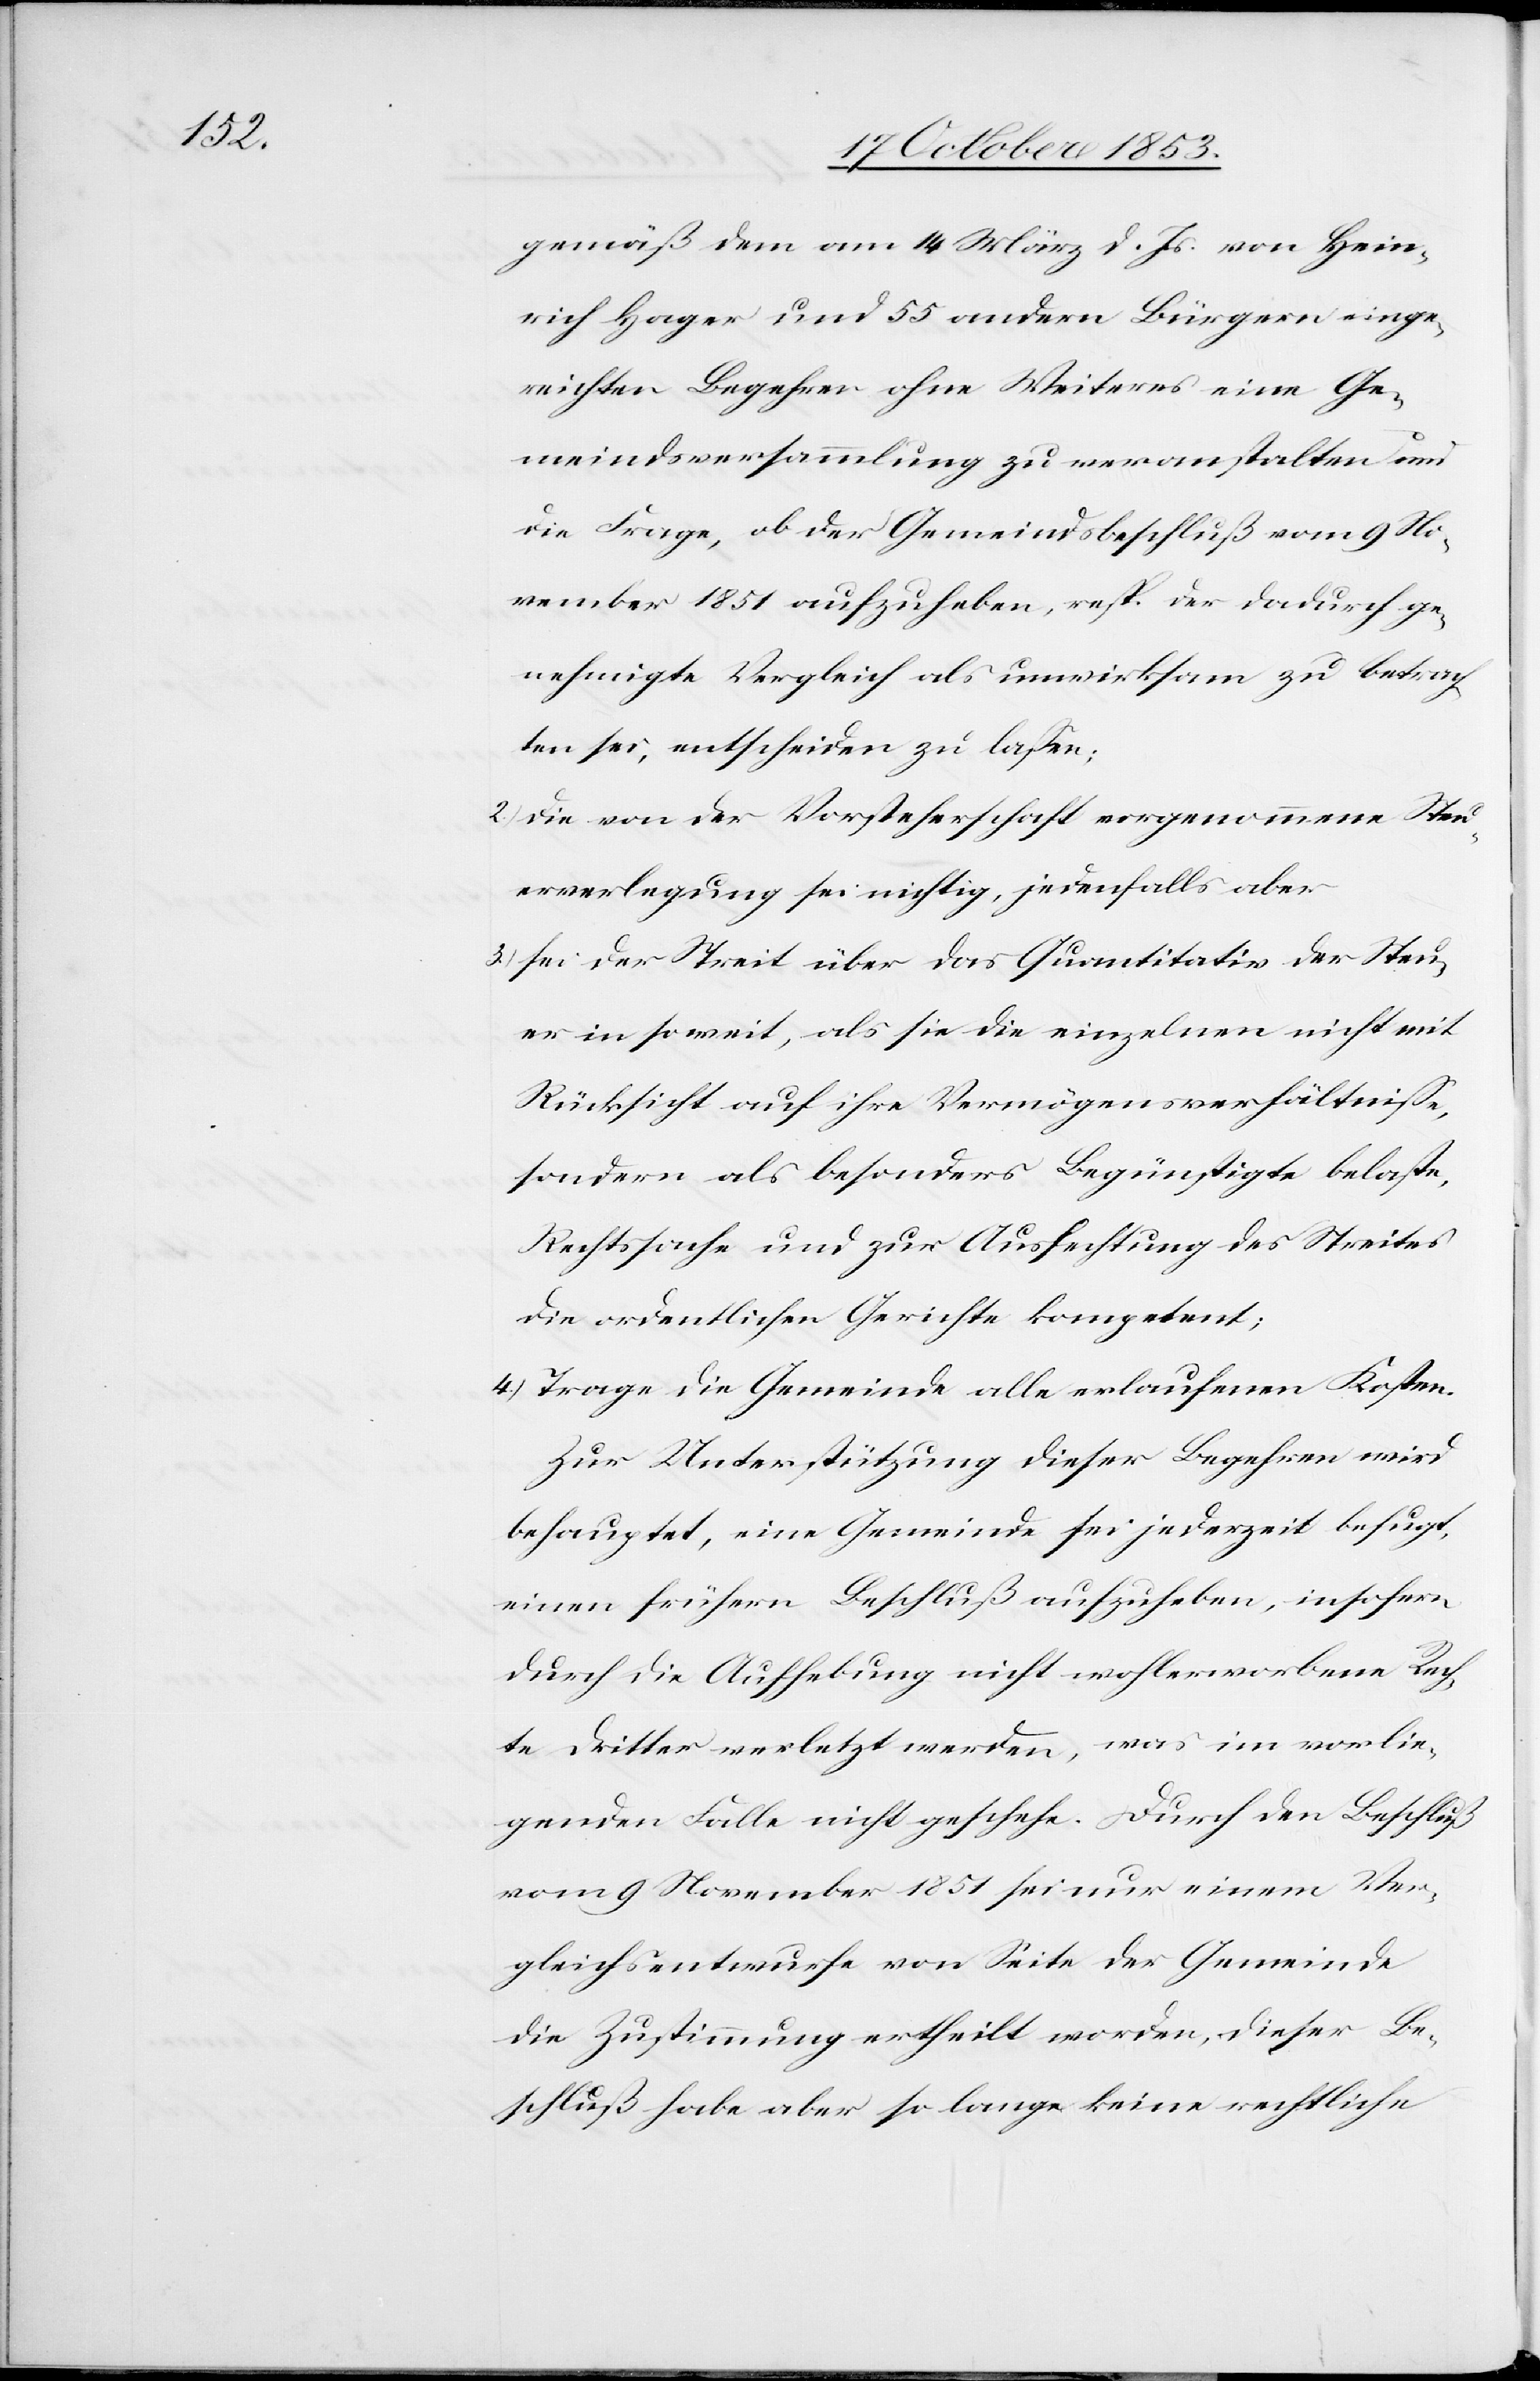
gemäß dem am 4 März d. Js. von Hein¬
rich Hager und 55 andern Bürgern einge¬
reichten Begehren ohne Weiteres eine Ge¬
meindsversammlung zu veranstalten und
die Frage, ob der Gemeindsbeschluß vom 9 No¬
vember 1851 aufzuheben, resp. der dadurch ge¬
nehmigte Vergleich als unwirksam zu betrach¬
ten sei, entscheiden zu laßen;
2.) die von der Vorsteherschaft vorgenommene Steu¬
erverlegung sei richtig, jedenfalls aber
3.) sei der Streit über das Quantitativ der Steu¬
er in soweit, als sie die einzelnen nicht mit
Rücksicht auf ihre Vermögensverhältniße,
sondern als besonders Begünstigte belaste,
Rechtssache und zur Ausfechtung des Streites
die ordentlichen Gerichten kompetent;
4.) Trage die Gemeinde alle erlaufenen Kosten.
Zur Unterstützung dieser Begehren wird
behauptet, eine Gemeinde sei jederzeit befugt,
einen frühern Beschluß aufzuheben, insofern
durch die Aufhebung nicht wohlerworbene Rech¬
te Dritter verletzt werden, was im vorlie¬
genden Falle nicht geschehe. Durch den Beschluß
vom 9 November 1851 sei nur einem Ver¬
gleichsentwurfe von Seite der Gemeinde
die Zustimmung ertheilt worden, dieser Be¬
schluß habe aber so lange keine rechtliche